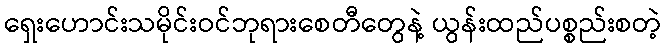
ရှေးဟောင်းသမိုင်းဝင်ဘုရားစေတီတွေနဲ့ ယွန်းထည်ပစ္စည်းစတဲ့